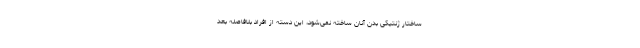
ساختار ژنتیکی بدن آنان ساخته نمی‌شود، این دسته از افراد بلافاصله بعد